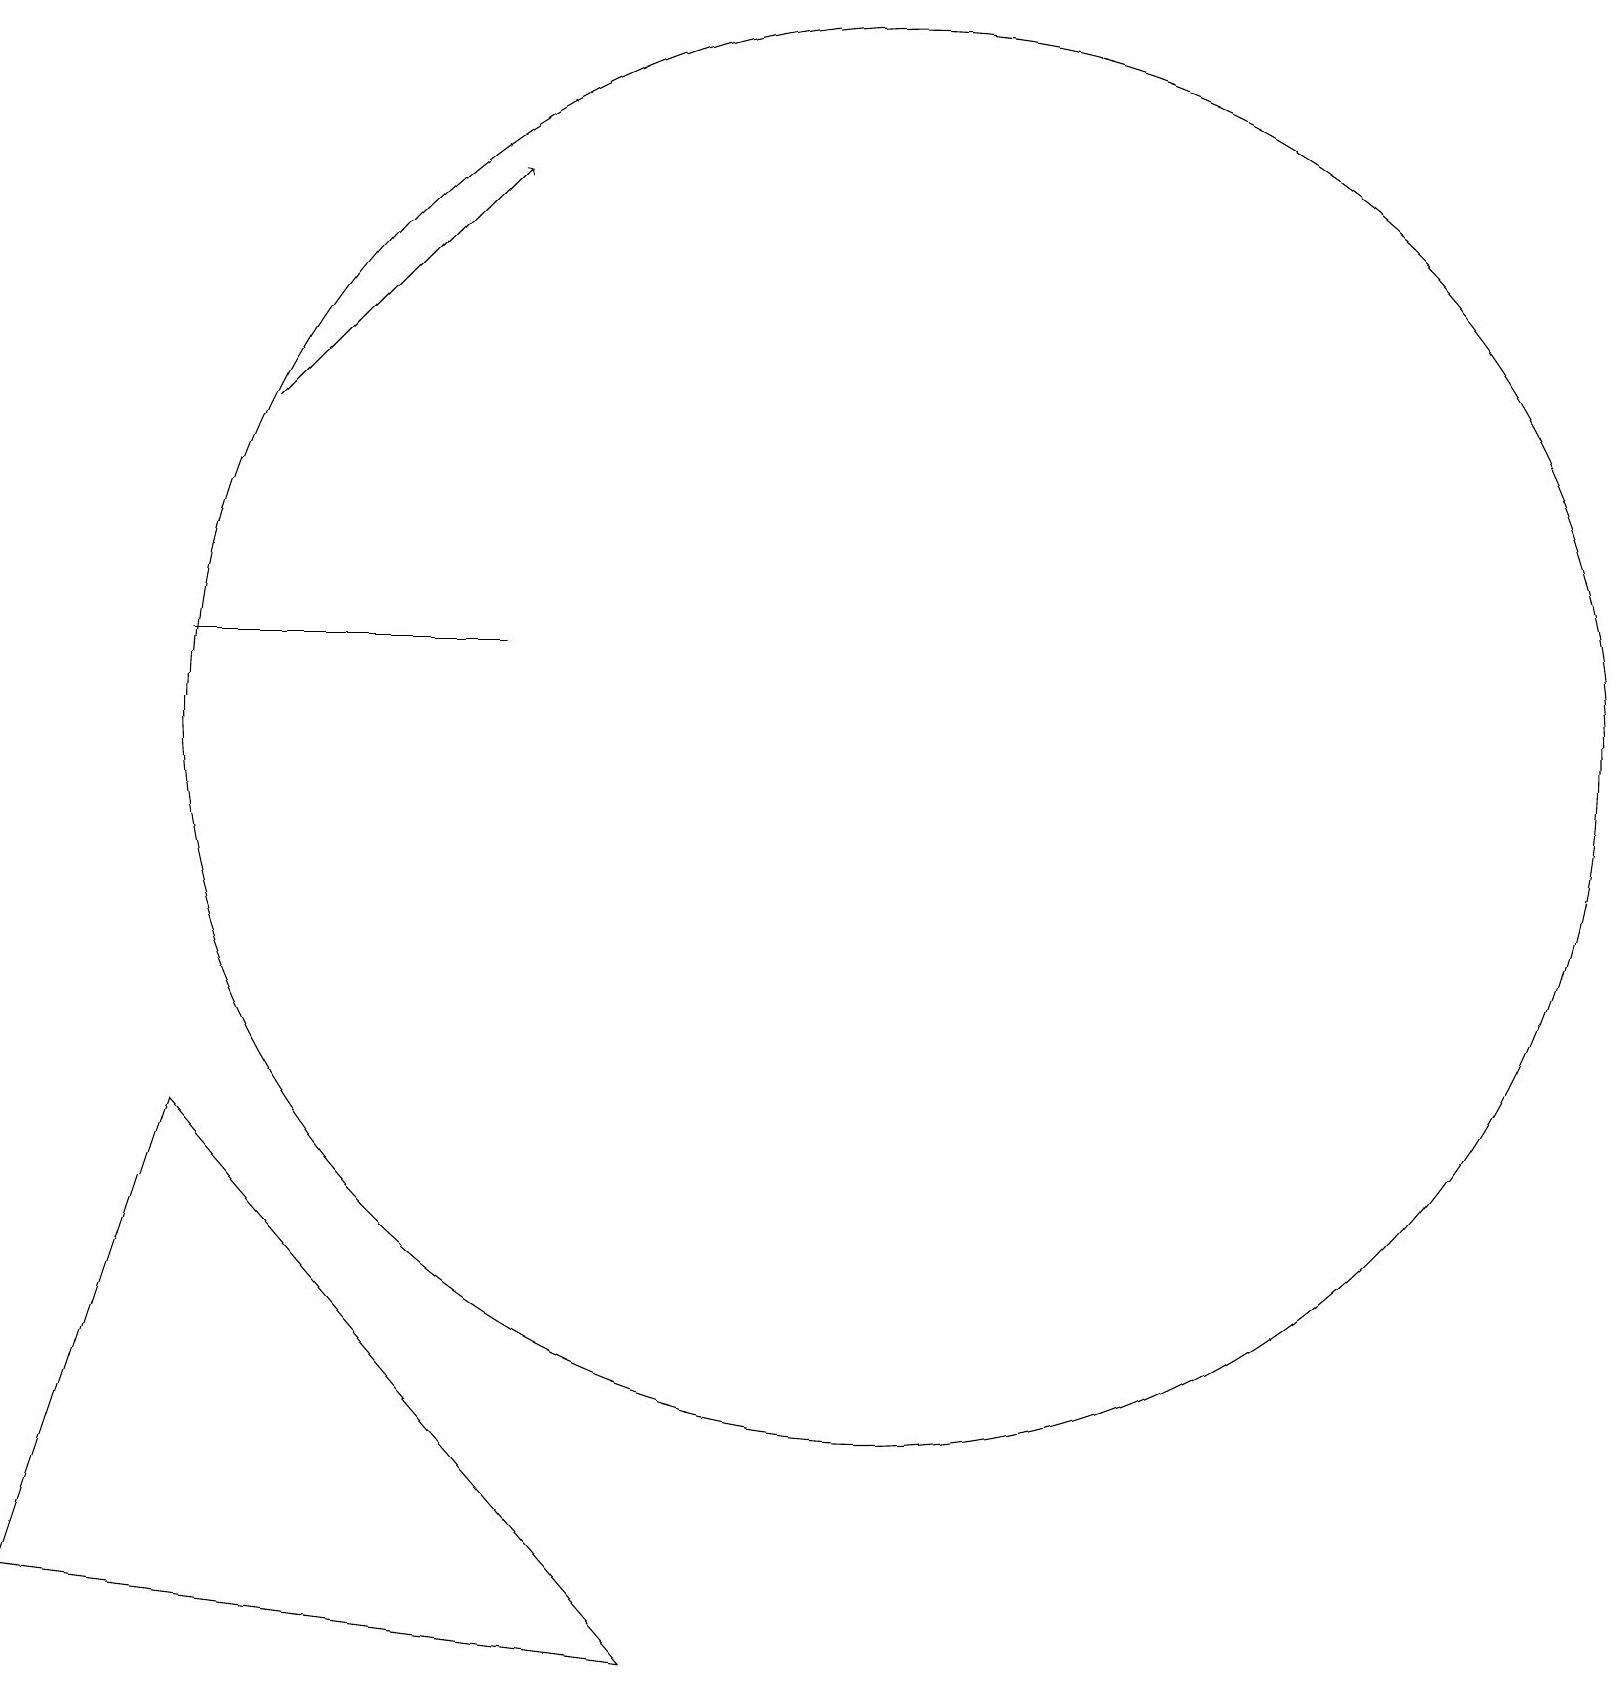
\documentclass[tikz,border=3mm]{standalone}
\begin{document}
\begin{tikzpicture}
\draw (2,13) rectangle (6,13);
\draw (2,7) -- (0,1) -- (8,0) -- cycle;
\draw (11,12) circle (9);
\draw[->] (3,16) -- (6,19);
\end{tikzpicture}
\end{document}